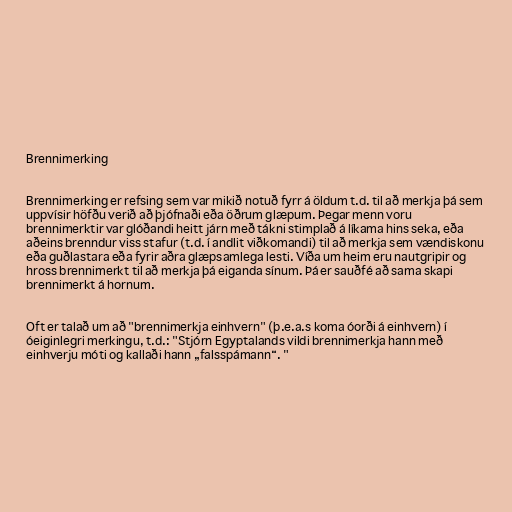
Brennimerking

Brennimerking er refsing sem var mikið notuð fyrr á öldum t.d. til að merkja þá sem
uppvísir höfðu verið að þjófnaði eða öðrum glæpum. Þegar menn voru
brennimerktir var glóðandi heitt járn með tákni stimplað á líkama hins seka, eða
aðeins brenndur viss stafur (t.d. í andlit viðkomandi) til að merkja sem vændiskonu
eða guðlastara eða fyrir aðra glæpsamlega lesti. Víða um heim eru nautgripir og
hross brennimerkt til að merkja þá eiganda sínum. Þá er sauðfé að sama skapi
brennimerkt á hornum.

Oft er talað um að "brennimerkja einhvern" (þ.e.a.s koma óorði á einhvern) í
óeiginlegri merkingu, t.d.: "Stjórn Egyptalands vildi brennimerkja hann með
einhverju móti og kallaði hann „falsspámann“. "